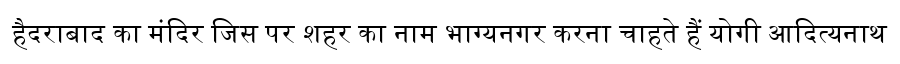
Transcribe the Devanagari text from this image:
हैदराबाद का मंदिर जिस पर शहर का नाम भाग्यनगर करना चाहते हैं योगी आदित्यनाथ